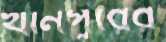
খানপুরের